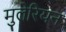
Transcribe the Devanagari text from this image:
मुलेरियन